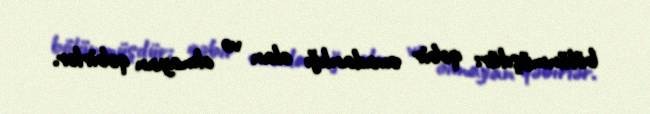
bölünmüşdür: qəbir avadanlığı olan və olmayan qəbirlər.